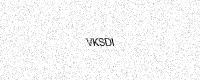
Text: VKSDI